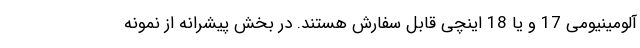
آلومینیومی 17 و یا 18 اینچی قابل سفارش هستند. در بخش پیشرانه از نمونه